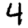
Digit: 4